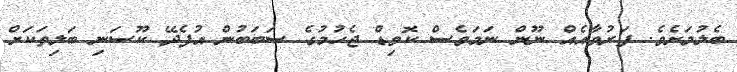
ބެލުމަށެވެ. ފަރުވާއެއް ނޫން ނަމަވެސް ކޮވިޑް ޖެހުމުގެ ސަބަބުން އުފެދޭ ކޫސަނި ބަލިތަކަށް